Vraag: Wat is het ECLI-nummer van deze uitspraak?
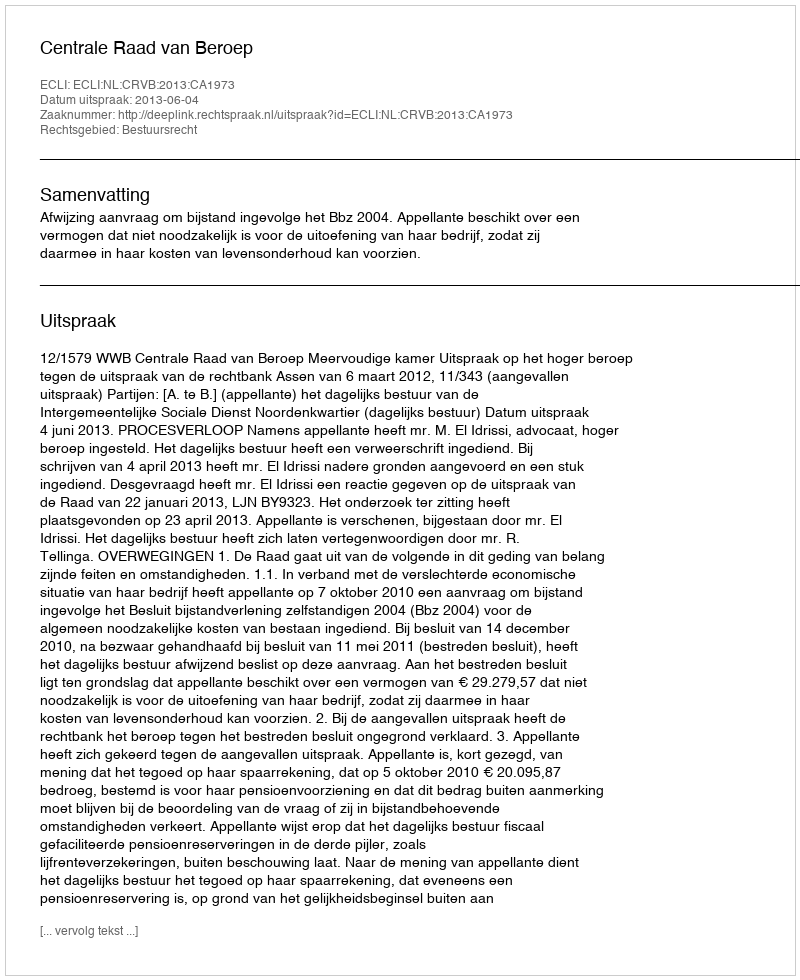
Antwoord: ECLI:NL:CRVB:2013:CA1973